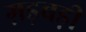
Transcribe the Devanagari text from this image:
ग़ड़बड़ी